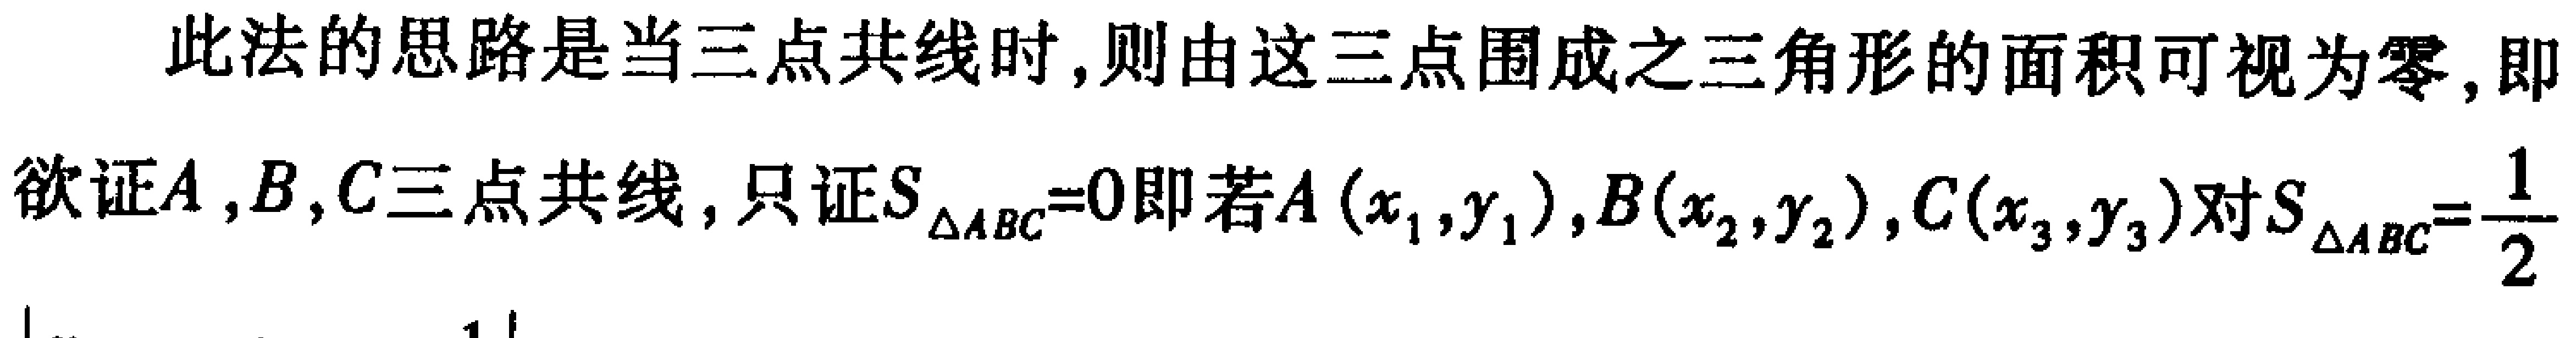
此法的思路是当三点共线时,则由这三点围成之三角形的面积可视为零,即欲证\(A,B,C\)三点共线，只证\(S_{\triangle ABC}=0\)即若\(A(x_1,y_1)\)，\(B(x_2,y_2)\)，\(C(x_3,y_3)\)对\(S_{\triangle ABC}=\frac{1}{2}\)